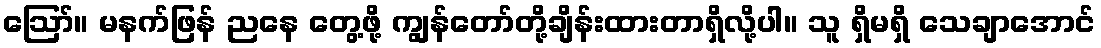
ဪ။ မနက်ဖြန် ညနေ တွေ့ဖို့ ကျွန်တော်တို့ချိန်းထားတာရှိလို့ပါ။ သူ ရှိမရှိ သေချာအောင်